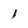
Character: 1